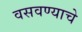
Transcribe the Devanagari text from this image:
वसवण्याचे